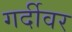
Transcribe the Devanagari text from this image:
गर्दीवर